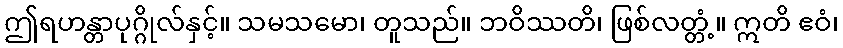
ဤရဟန္တာပုဂ္ဂိုလ်နှင့်။ သမသမော၊ တူသည်။ ဘဝိဿတိ၊ ဖြစ်လတ္တံ့။ ဣတိ ဧဝံ၊